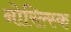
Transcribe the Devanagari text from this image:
नोरिल्स्क